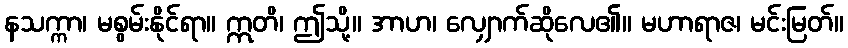
နသက္ကာ၊ မစွမ်းနိုင်ရာ။ ဣတိ၊ ဤသို့။ အာဟ၊ လျှောက်ဆိုလေ၏။ မဟာရာဇ၊ မင်းမြတ်။